Vaccination United Provinces of Agra and Oudh 1914-1922 - 1914-1922
Year: 1914
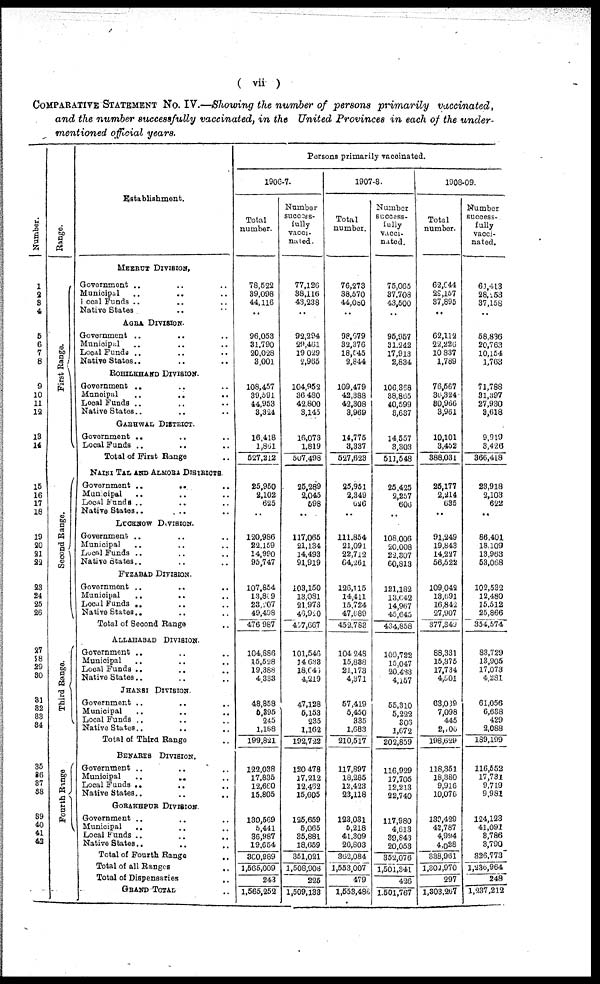
( vii )
COMPARATIVE STATEMENT No. IV.—Showing the number of persons primarily
vaccinated,
and the number successfully vaccinated, in the United Provinces in each of the under-
mentioned official years.
Number
1
2
3
4
5
6
7
8
9
10
11
12
13
14
15
16
17
18
19
20
21
22
23
24
25
26
27
28
29
30
31
32
33 34
35
36
37
38
39
40
41
42
Range.
First Range.
Second Range.
Third Range.
Fourth Range
Establishment.
MEERUT DIVISION.
Government .. .. ..
Municipal .. .. ..
Local Funds .. .. ..
Native States .. ..
AGRA DIVISION.
Government .. .. ..
Municipal .. .. ..
Local Funds .. .. ..
Native States.. .. ..
ROHILKHAHD DIVISION.
Government .. .. ..
Muncipal
..
..
..
Local Funds .. .. ..
Native States.. .. ..
GARHWAL DISTRICT.
Government .. .. ..
Local Funds .. .. ..
Total of First Range ..
NAINI TAL AND ALMORA DISTRICTS.
Government
..
..
..
Municipal .. .. ..
Local Funds .. .. ..
Native States
..
..
..
LUCKNOW DIVISION.
Government .. .. ..
Municipal .. .. ..
Local Funds .. .. ..
Native States.. .. ..
FYZABAD DIVISION.
Government
..
..
..
Municipal .. .. ..
Local Funds .. .. ..
Native States.. .. ..
Total of Second Range ..
ALLAHABABD DIVISION.
Government .. .. ..
Municipal .. .. ..
Local Funds .. .. ..
Native States.. .. ..
JHANSI DIVISION.
Government .. .. ..
Municipal .. .. ..
Local Funds .. .. ..
Native States..
Total of Third Range ..
BENARES DIVISION.
Government .. .. ..
Municipal
..
..
..
Local Funds .. .. ..
Native States.. .. ..
GORAKHPUR DIVISION.
Government .. .. ..
Municipal .. .. ..
Local Funds
..
..
..
Native States.. .. ..
Total of Fourth Range ..
Total of all Ranges ..
Total of Dispensaries ..
GRAND TOTAL ..
Persons primarily vaccinated.
1906-7.
Total
number.
78,522
39,098
44,116
..
96,053
31,790
20,028
3,001
108,457
39,591
44,953
3,324
16,418
1,861
527,212
25,950
2,102
625
..
120,986
22,159
14,990
95,747
107,854
13,869
23,207
49,498
476,987
104,886
15,528
19,388
4,333
48,858
5,395
245
1,188
199,821
122,038
17,835
12,660
15,805
130,569
5,441
36,987
19,654
300,989
1,565,009
243
1,565,252
Number
success-
fully
vacci-
nated.
77,126
38,116
43,238
..
92,294
29,461
19,029
2,965
104,952
36,480
42,800
3,145
16,073
1,819
507,498
25,289
2,045
598
..
117,065
21,134
14,493
91,919
103,150
13,081
21,973
46,920
437,667
101,546
14,633
18,046
4,219
47,128
5,153
235
1,162
192,722
120,478
17,212
12,462
15,605
125,659
5,065
35,881
18,659
351,021
1,508,908
225
1,509,133
1907-8.
Total
number.
76,273
38,570
44,080
..
98,079
32,376
18,645
2,844
109,479
42,388
42,308
3,969
14,775
3,337
527,623
25,951
2,349
626
..
111,854
21,091
22,712
64,261
126,115
14,411
15,724
47,089
452,783
104,248
15,838
21,173
4,371
57,419
5,450
335
1,683
210,517
117,897
18,285
12,423
23,118
123,031
5,218
41,309
20,803
362,084
1,553,007
479
1,553,486
Number
success-
fully
vacci-
nated.
75,065
37,708
43,500
..
95,957
31,242
17,913
2,834
106,368
38,865
40,599
3,637
14,557
3,303
511,548
25,425
2,257
606
..
108,006
20,008
22,307
60,813
121,182
13,642
14,967
45,645
434,858
100,722
15,047
20,423
4,157
55,310
5,222
306
1,672
202,859
116,929
17,705
12,213
22,740
117,980
4,613
39,843
20,053
352,076
1,501,341
426
1,501,767
1908-09.
Total
number.
62,044
29,157
37,895
..
62,112
22,226
10,837
1,789
76,567
36,324
80,966
3,961
10,101
3,452
388,031
25,177
2,214
635
..
91,249
19,843
14,227
56,522
109,042
13,691
16,842
27,907
377,340
88,331
15,375
17,734
4,001
63,039
7,098
445
2,106
198,629
118,351
18,380
9,916
10,076
130,429
42,787
4,994
4,028
338,961
1,302,970
297
1,303,267
Number
success-
fully
vacci-
nated.
61,413
28,253
37,158
..
58,836
20,763
10,154
1,763
71,788
31,397
27,930
3,618
9,919
3,426
366,418
23,918
2,103
622
.,
86,401
18,109
13,963
53,068
102,532
12,480
15,512
25,866
354,574
83,729
13,905
17,073
4,281
61,056
6,638
429
2,088
189,199
116,552
17,731
9,719
9,981
124,123
41,091
3,786
3,790
326,773
1,236,964
248
1,237,212